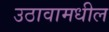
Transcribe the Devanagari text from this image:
उठावामधील